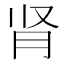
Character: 肾